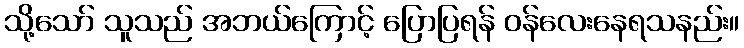
သို့သော် သူသည် အဘယ်ကြောင့် ပြောပြရန် ဝန်လေးနေရသနည်း။